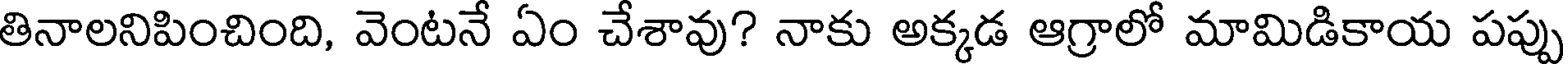
తినాలనిపించింది, వెంటనే ఏం చేశావు? నాకు అక్కడ ఆగ్రాలో మామిడికాయ పప్పు